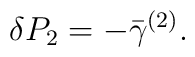
\delta P_2=-\bar \gamma ^{(2)}.